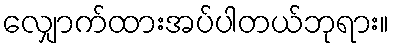
လျှောက်ထားအပ်ပါတယ်ဘုရား။